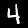
Digit: 4